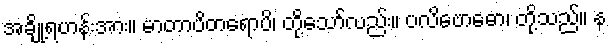
အချို့ရဟန်းအား။ မာတာပိတရောပိ၊ တို့သော်လည်း။ ပလိဗောဓော၊ တို့သည်။ န